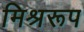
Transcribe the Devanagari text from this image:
मिश्ररूप